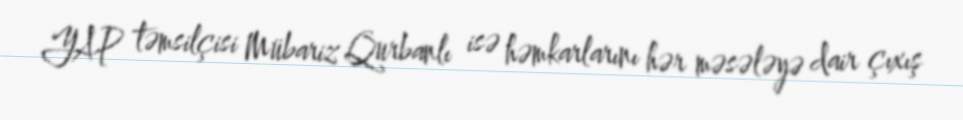
YAP təmsilçisi Mübariz Qurbanlı isə həmkarlarını hər məsələyə dair çıxış